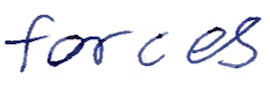
Text: forces
Cross-out: clean
Writing tool: ballpoint